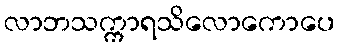
လာဘသက္ကာရသိလောကောပေ